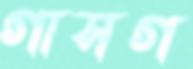
গাসগ